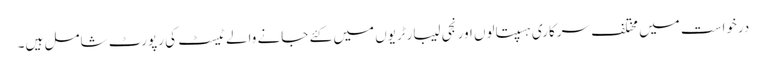
درخواست میں مختلف سرکاری ہسپتالوں اور نجی لیبارٹریوں میں کئے جانے والے ٹیسٹ کی رپورٹ شامل ہیں۔